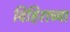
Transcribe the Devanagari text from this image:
विहिराच्या